Leprosy in India: report of the Leprosy Commission in India, 1890-91
Year: 1890
Disease focus: Leprosy
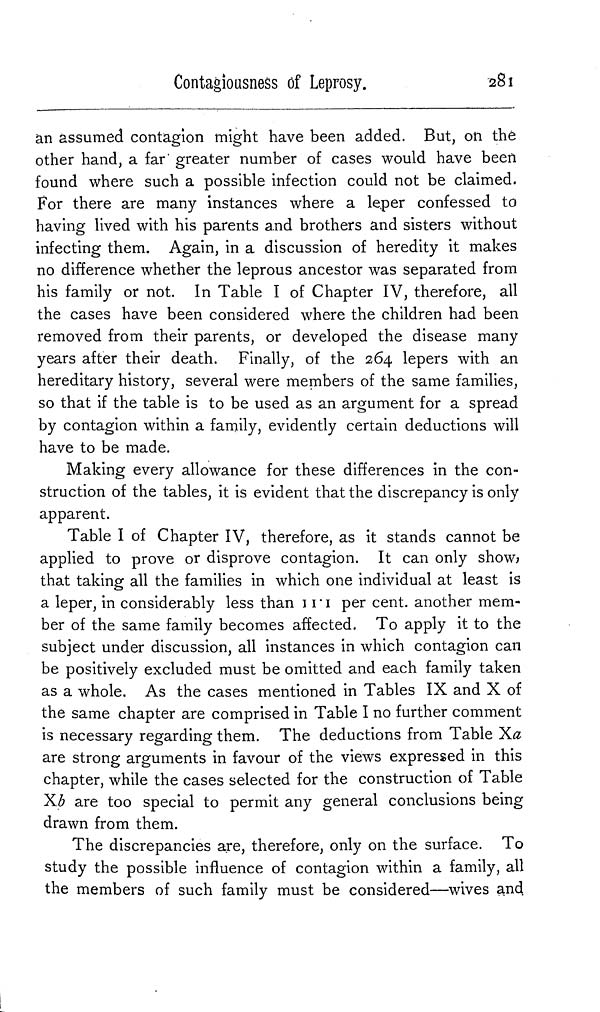
Contagiousness of Leprosy.
281
an assumed contagion might have been added. But, on the
other hand, a far greater number of cases would have been
found where such a possible infection could not be claimed.
For there are many instances where a leper confessed to
having lived with his parents and brothers and sisters without
infecting them. Again, in a discussion of heredity it makes
no difference whether the leprous ancestor was separated from
his family or not. In Table I of Chapter IV, therefore, all
the cases have been considered where the children had been
removed from their parents, or developed the disease many
years after their death. Finally, of the 264 lepers with an
hereditary history, several were members of the same families,
so that if the table is to be used as an argument for a spread
by contagion within a family, evidently certain deductions will
have to be made.
Making every allowance for these differences in the con-
struction of the tables, it is evident that the discrepancy is only
apparent.
Table I of Chapter IV, therefore, as it stands cannot be
applied to prove or disprove contagion. It can only show,
that taking all the families in which one individual at least is
a leper, in considerably less than 11.1 per cent. another mem-
ber of the same family becomes affected. To apply it to the
subject under discussion, all instances in which contagion can
be positively excluded must be omitted and each family taken
as a whole. As the cases mentioned in Tables IX and X of
the same chapter are comprised in Table I no further comment
is necessary regarding them. The deductions from Table Xa
are strong arguments in favour of the views expressed in this
chapter, while the cases selected for the construction of Table
Xb are too special to permit any general conclusions being
drawn from them.
The discrepancies are, therefore, only on the surface. To
study the possible influence of contagion within a family, all
the members of such family must be considered—wives and